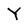
Character: Y